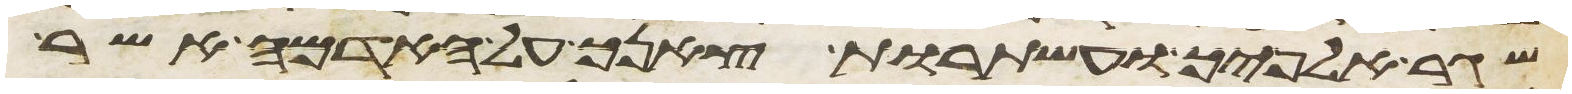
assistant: שגר אלפיך ועשתרות צאנך על האדמה אשר